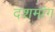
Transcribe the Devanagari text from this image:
दशमांग